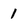
Character: 1